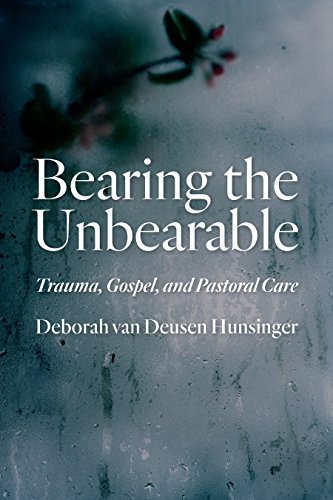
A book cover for Bearing the Unbearable: Trauma, Gospel, and Pastoral Care; Deborah van Deusen Hunsinger; Christian Books & Bibles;